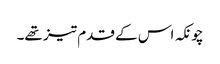
چونکہ اس کے قدم تیز تھے۔